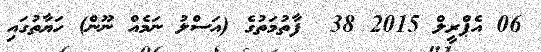
06 އެޕްރީލް 2015 38  ފާތުމަތުގެ (އަސްލު ނަމެއް ނޫން) ހަޔާތުގައި